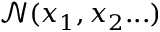
\mathcal { N } ( x _ { 1 } , x _ { 2 } . . . )